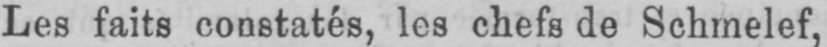
Les faits constatés, les chefs de Schmelef,